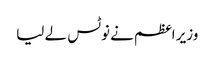
وزیر اعظم نے نوٹس لے لیا